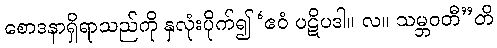
စောဒနာရှိရာသည်ကို နှလုံးပိုက်၍ ‘ဧဝံ ပဋိပဒါ။ လ။ သမ္ဘဝတီ”တိ